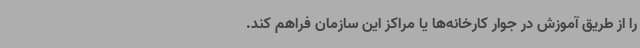
را از طریق آموزش در جوار کارخانه‌ها یا مراکز این سازمان فراهم کند.